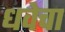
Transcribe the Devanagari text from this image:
धवेचा